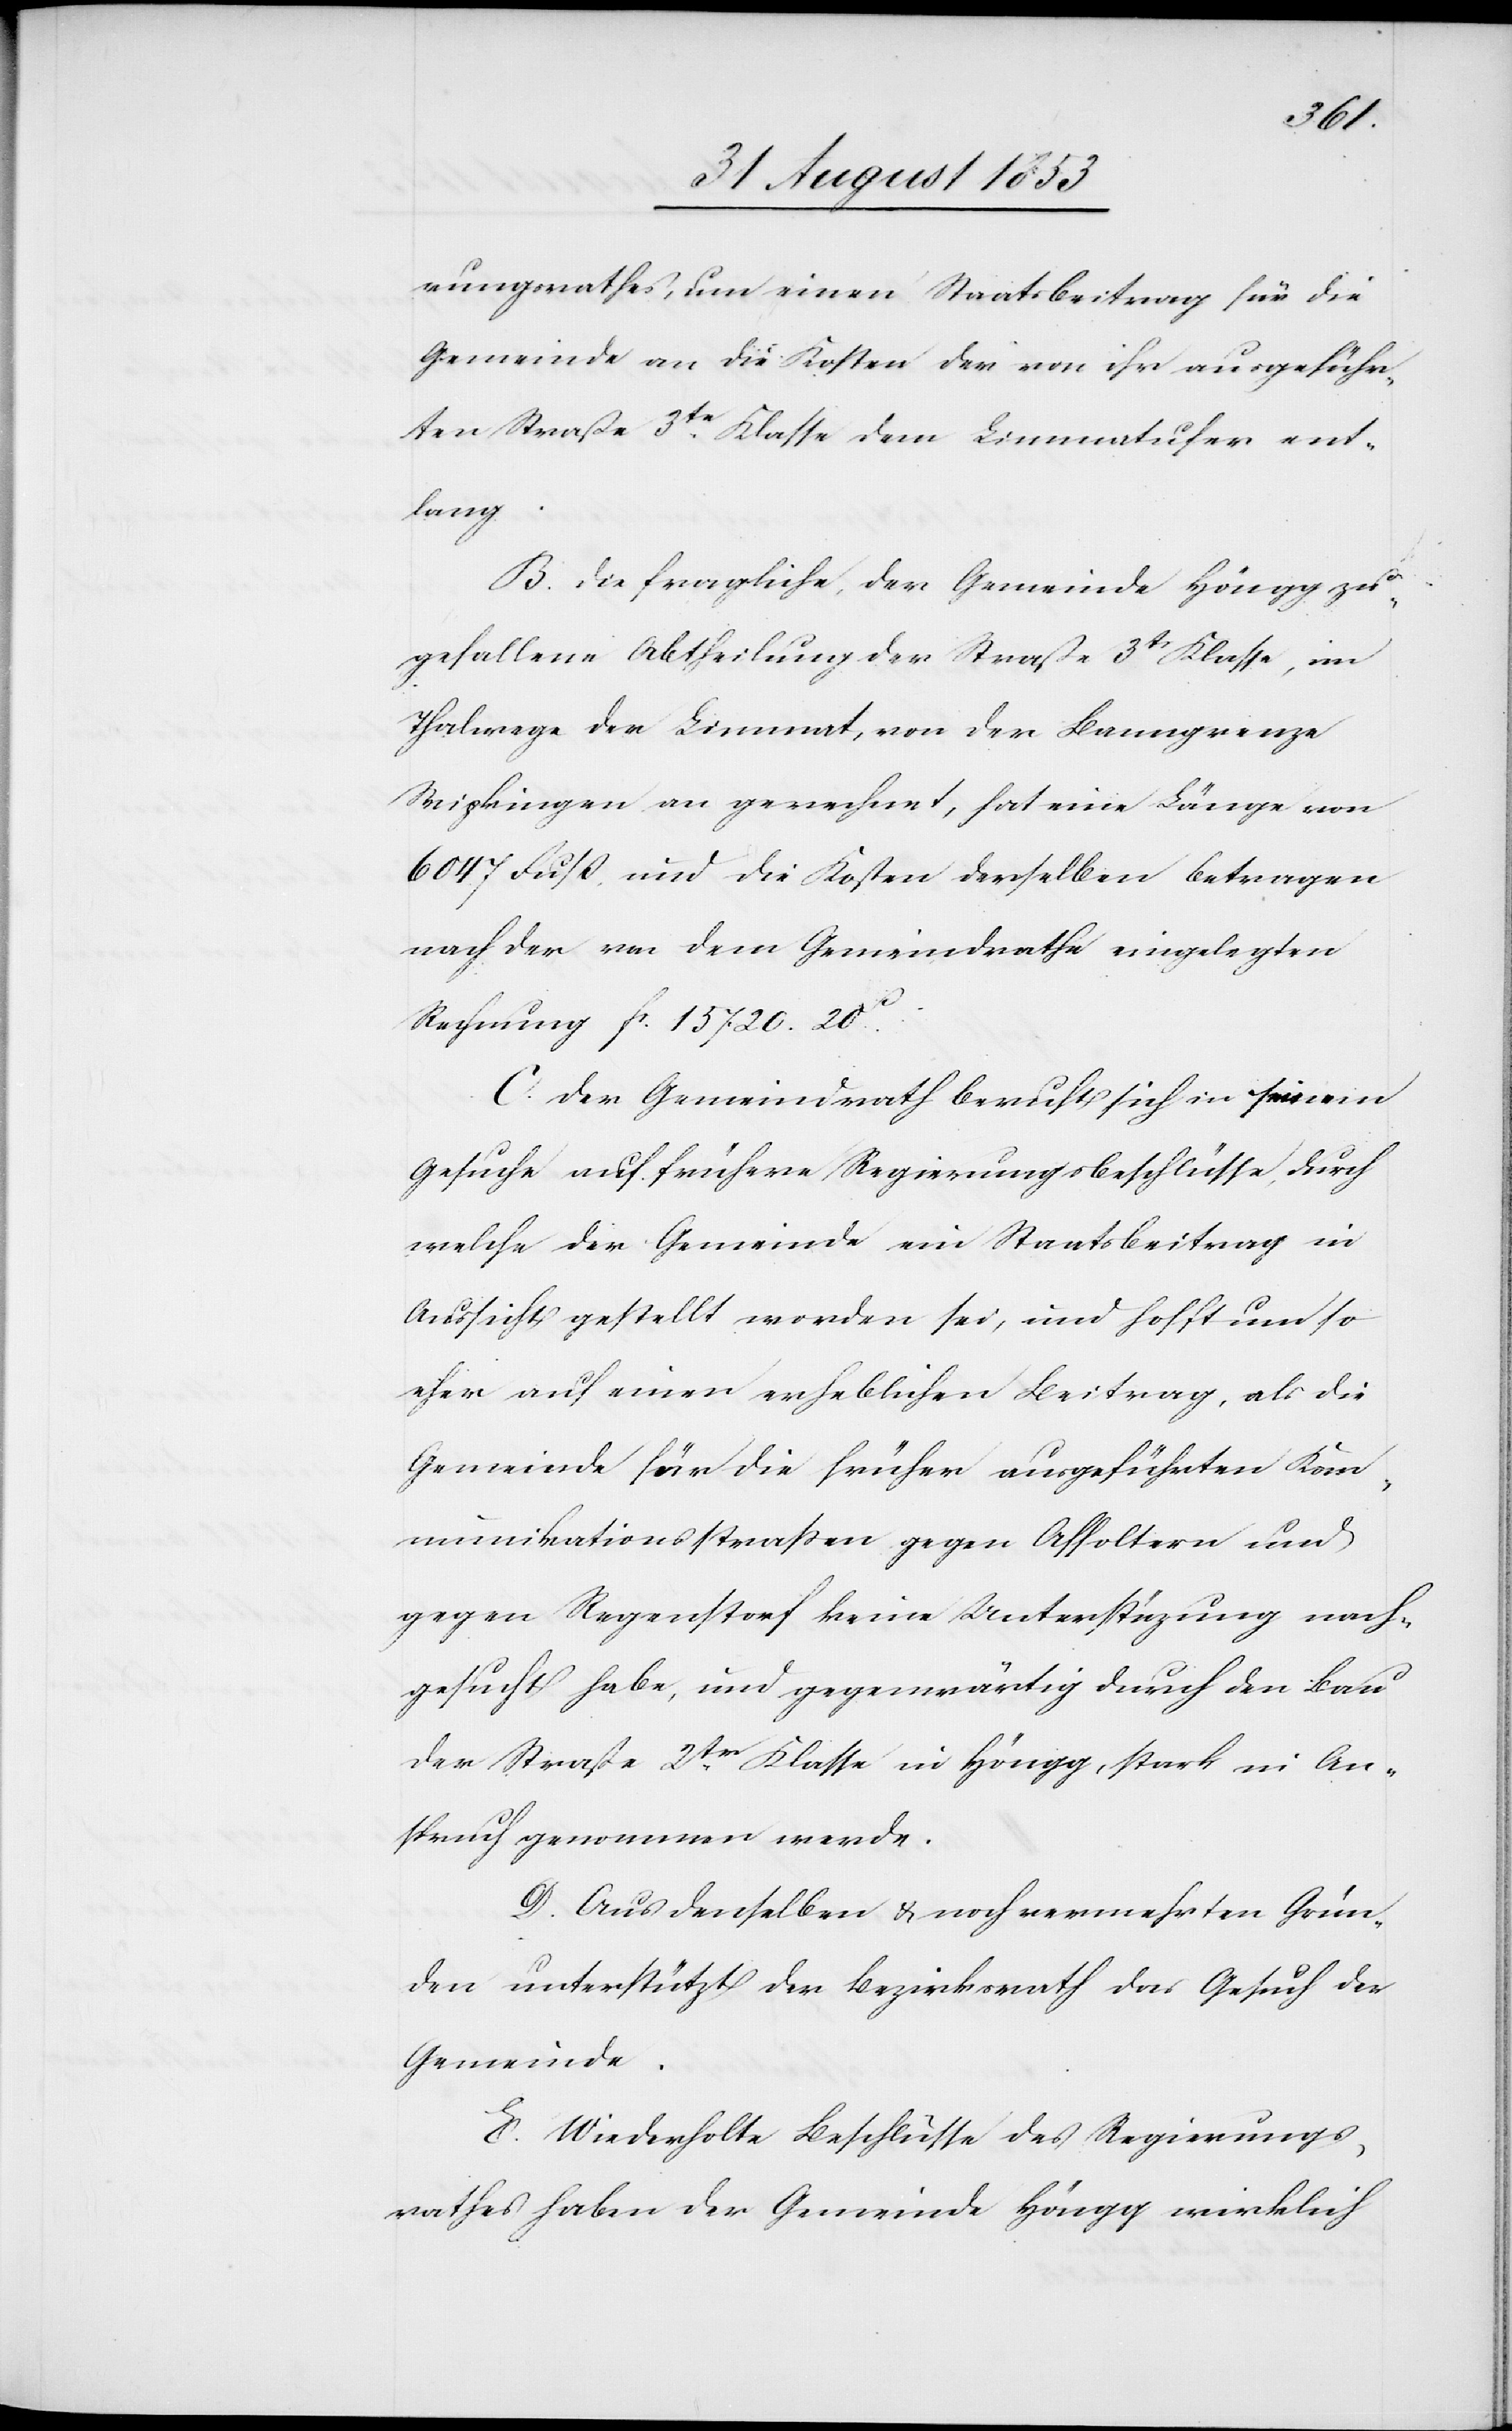
rungsrathes, um einen Staatsbeitrag für die
Gemeinde an die Kosten der von ihr ausgeführ¬
ten Straße 3tr Klasse dem Limmatufer ent¬
lang.
B. Die fragliche, der Gemeinde Höngg zu¬
gefallene Abtheilung der Straße 3tr Klasse, im
Thalwege der Limmat, von der Banngrenze
Wipkingen an gerechnet, hat eine Länge von
6047 Fuß und die Kosten derselben betragen
nach der von dem Gemeindrathe eingelegten
Rechnung fc 15720.20c.
C. Der Gemeindrath beruft sich in seinem
Gesuche auf frühere Regierungsbeschlüsse, durch
welche der Gemeinde ein Staatsbeitrag in
Aussicht gestellt worden sei, und hofft um so
eher auf einen erheblichen Beitrag, als die
Gemeinde für die früher ausgeführten Kom¬
munikationsstraßen gegen Affoltern und
gegen Regenstorf keine Unterstützung nach¬
gesucht habe, und gegenwärtig durch den Bau
der Straße 2tr Klasse in Höngg stark in An¬
spruch genommen werde.
D. Aus denselben u. noch vermehrten Grün¬
den unterstützt der Bezirksrath das Gesuch der
Gemeinde.
E. Wiederholte Beschlüsse des Regierungs¬
rathes haben der Gemeinde Höngg wirklich